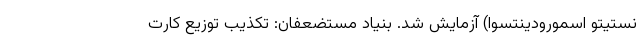
نستیتو اسمورودینتسوا) آزمایش شد. بنیاد مستضعفان: تکذیب توزیع کارت